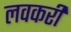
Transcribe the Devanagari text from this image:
लवकरी